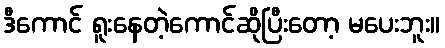
ဒီကောင် ရူးနေတဲ့ကောင်ဆိုပြီးတော့ မပေးဘူး။